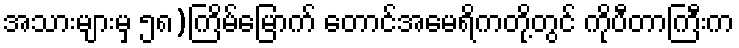
အသားများမှ ၅၈)ကြိမ်မြောက် တောင်အမေရိကတို့တွင် ကိုပီတာကြီးက